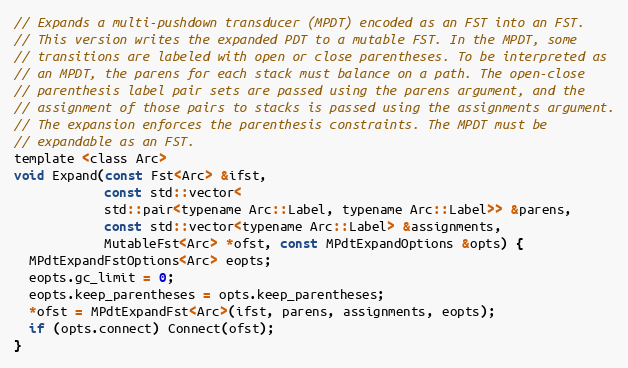
Language: C
// Expands a multi-pushdown transducer (MPDT) encoded as an FST into an FST.
// This version writes the expanded PDT to a mutable FST. In the MPDT, some
// transitions are labeled with open or close parentheses. To be interpreted as
// an MPDT, the parens for each stack must balance on a path. The open-close
// parenthesis label pair sets are passed using the parens argument, and the
// assignment of those pairs to stacks is passed using the assignments argument.
// The expansion enforces the parenthesis constraints. The MPDT must be
// expandable as an FST.
template <class Arc>
void Expand(const Fst<Arc> &ifst,
            const std::vector<
            std::pair<typename Arc::Label, typename Arc::Label>> &parens,
            const std::vector<typename Arc::Label> &assignments,
            MutableFst<Arc> *ofst, const MPdtExpandOptions &opts) {
  MPdtExpandFstOptions<Arc> eopts;
  eopts.gc_limit = 0;
  eopts.keep_parentheses = opts.keep_parentheses;
  *ofst = MPdtExpandFst<Arc>(ifst, parens, assignments, eopts);
  if (opts.connect) Connect(ofst);
}